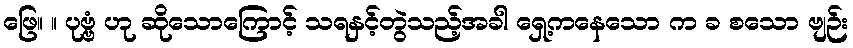
ဖြေ။ ။ ပုဗ္ဗံ ဟု ဆိုသောကြောင့် သရနှင့်တွဲသည့်အခါ ရှေ့ကနေသော က ခ စသော ဗျဉ်း